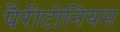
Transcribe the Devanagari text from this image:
पैरीटोनियम